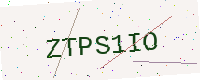
Text: ZTPS1IO